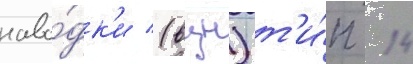
наво́дк'и (вцн) т'и́п 14